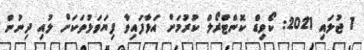
1 ޖުލައި 2021: ކޯވިޑް ކޮންޓްރޯލް ކުރުމަށް އަޅާފައިވާ ފިޔަވަޅުތަކަށް ލުއި ދިނުން